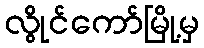
လွိုင်ကော်မြို့မှ